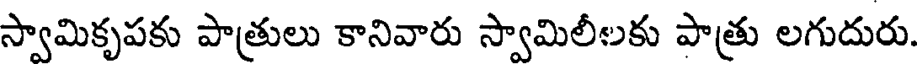
స్వామికృపకు పాత్రులు కానివారు స్వామిలీలకు పాత్రు లగుదురు.